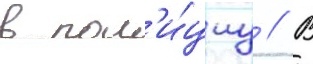
в пол'и́циу // В